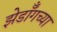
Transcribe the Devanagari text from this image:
झेडॉँगच्या